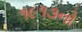
૧૯૧૩નો